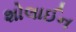
શોલાઈન